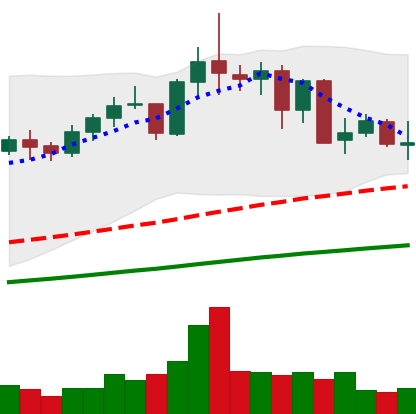
Ticker: NEO-USD
Chart end date: 2021-05-16
Forward return: -37.578%
Label: down_7plus